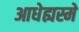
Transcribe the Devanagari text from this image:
आधेह्यस्मे